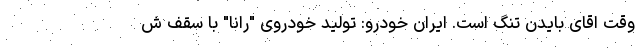
وقت اقای بایدن تنگ است. ایران خودرو: تولید خودروی "رانا" با سقف ش